Annual returns of the Patna Lunatic Asylum at Bankipore in Bihar and Orissa - 1912-1924
Year: 1912
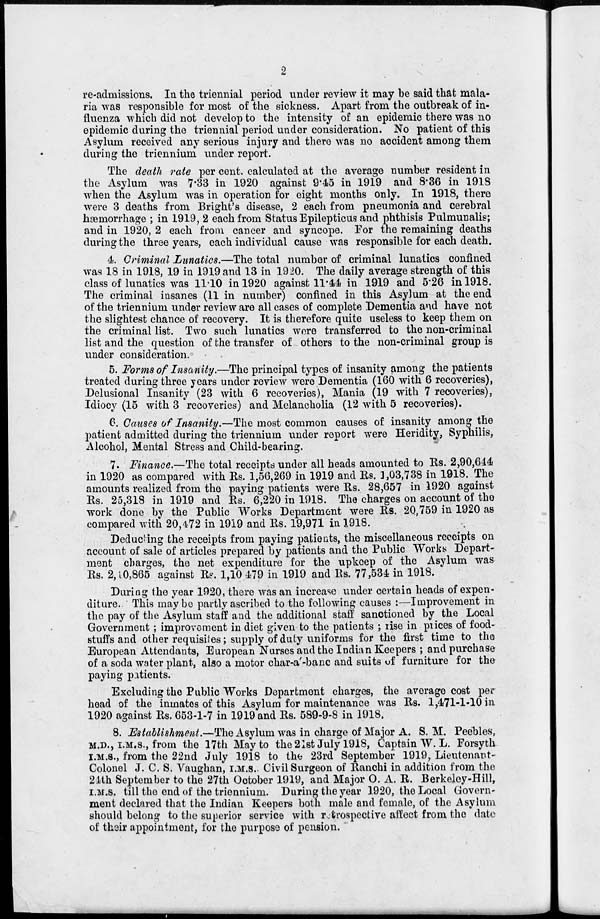
2
re-admissions. In the triennial period under review it may be said that mala-
ria was responsible for most of the sickness. Apart from the outbreak of in-
fluenza which did not develop to the intensity of an epidemic there was no
epidemic during the triennial period under consideration. No patient of this
Asylum received any serious injury and there was no accident among them
during the triennium under report.
The death rate per cent. calculated at the average number resident in
the Asylum was 7.33 in 1920 against 9.45 in 1919 and 8.36 in 1918
when the Asylum was in operation for eight months only. In 1918, there
were 3 deaths from Bright's disease, 2 each from pneumonia and cerebral
hæmorrhage ; in 1919, 2 each from Status Epilepticus and phthisis Pulmunalis;
and in 1920, 2 each from cancer and syncope. For the remaining deaths
during the three years, each individual cause was responsible for each death.
4. Criminal Lunatics.—The total number of criminal lunatics confined
was 18 in 1918, 19 in 1919 and 13 in 1920. The daily average strength of this
class of lunatics was 11.10 in 1920 against 11.44 in 1919 and 5.26 in 1918.
The criminal insanes (11 in number) confined in this Asylum at the end
of the triennium under review are all cases of complete Dementia and have not
the slightest chance of recovery. It is therefore quite useless to keep them on
the criminal list. Two such lunatics were transferred to the non-criminal
list and the question of the transfer of others to the non-criminal group is
under consideration.
5. Forms of Insanity.—The principal types of insanity among the patients
treated during three years under review were Dementia (160 with 6 recoveries),
Delusional Insanity (23 with 6 recoveries), Mania (19 with 7 recoveries),
Idiocy (15 with 3 recoveries) and Melancholia (12 with 5 recoveries).
6. Causes of Insanity.—The most common causes of insanity among the
patient admitted during the triennium under report were Heridity, Syphilis,
Alcohol, Mental Stress and Child-bearing.
7. Finance.—The total receipts under all heads amounted to Rs. 2,90,644
in 1920 as compared with Rs. 1,56,269 in 1919 and Rs. 1,03,738 in 1918. The
amounts realized from the paying patients were Rs. 28,657 in 1920 against
Rs. 25,318 in 1919 and Rs. 6,220 in 1918. The charges on account of the
work done by the Public Works Department were Rs. 20,759 in 1920 as
compared with 20,472 in 1919 and Rs. 19,971 in 1918.
Deducting the receipts from paying patients, the miscellaneous receipts on
account of sale of articles prepared by patients and the Public Works Depart-
ment charges, the net expenditure for the upkeep of the Asylum was
Rs. 2,10,865 against Rs. 1,10 479 in 1919 and Rs. 77,534 in 1918.
During the year 1920, there was an increase under certain heads of expen-
diture. This may be partly ascribed to the following causes :—Improvement in
the pay of the Asylum staff and the additional staff sanctioned by the Local
Government ; improvement in diet given to the patients ; rise in prices of food-
stuffs and other requisites; supply of duty uniforms for the first time to the
European Attendants, European Nurses and the Indian Keepers ; and purchase
of a soda water plant, also a motor char-a-banc and suits of furniture for the
paying patients.
Excluding the Public Works Department charges, the average cost per
head of the inmates of this Asylum for maintenance was Rs. 1,471-1-10 in
1920 against Rs. 653-1-7 in 1919 and Rs. 589-9-8 in 1918.
8. Establishment.—The Asylum was in charge of Major A. S. M. Peebles,
M.D., I.M.S., from the 17th May to the21st July 1918, Captain W. L. Forsyth
I.M.S., from the 22nd July 1918 to the 23rd September 1919, Lieutenant-
Colonel J. C. S. Vaughan, I.M.S., Civil Surgeon of Ranchi in addition from the
21th September to the 27th October 1919, and Major O. A. R. Berkeley-Hill,
I.M.S. till the end of the triennium. During the year 1920, the Local Govern-
ment declared that the Indian Keepers both male and female, of the Asylum
should belong to the superior service with retrospective affect from the date
of their appointment, for the purpose of pension.